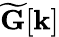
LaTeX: \widetilde{\mathbf{G}}[\mathbf{k}]